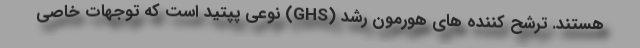
هستند. ترشح کننده های هورمون رشد (GHS) نوعی پپتید است که توجهات خاصی